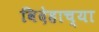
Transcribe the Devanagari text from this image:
विदेहाच्या